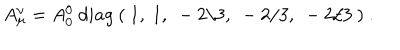
A _ { \mu } ^ { \nu } = A _ { 0 } ^ { 0 } \ d i a g \ ( \ 1 , \ 1 , \ - 2 / 3 , \ - 2 / 3 , \ - 2 / 3 \ ) \ .